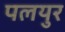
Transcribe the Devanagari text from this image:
पलयुर